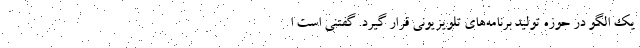
یک الگو در حوزه تولید برنامه‌های تلویزیونی قرار گیرد. گفتنی است ا